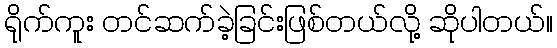
ရိုက်ကူး တင်ဆက်ခဲ့ခြင်းဖြစ်တယ်လို့ ဆိုပါတယ်။